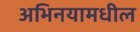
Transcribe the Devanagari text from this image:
अभिनयामधील